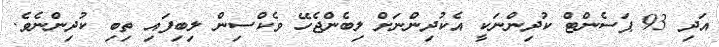
އަދި 93 ޕަސެންޓް ކުދިންނަކީ އެކުދިންނަށް ލިބެންޖެހޭ ވެކްސިން ލިބިފައި ތިބި ކުދިންނެވެ.